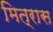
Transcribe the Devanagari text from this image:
मित्रास